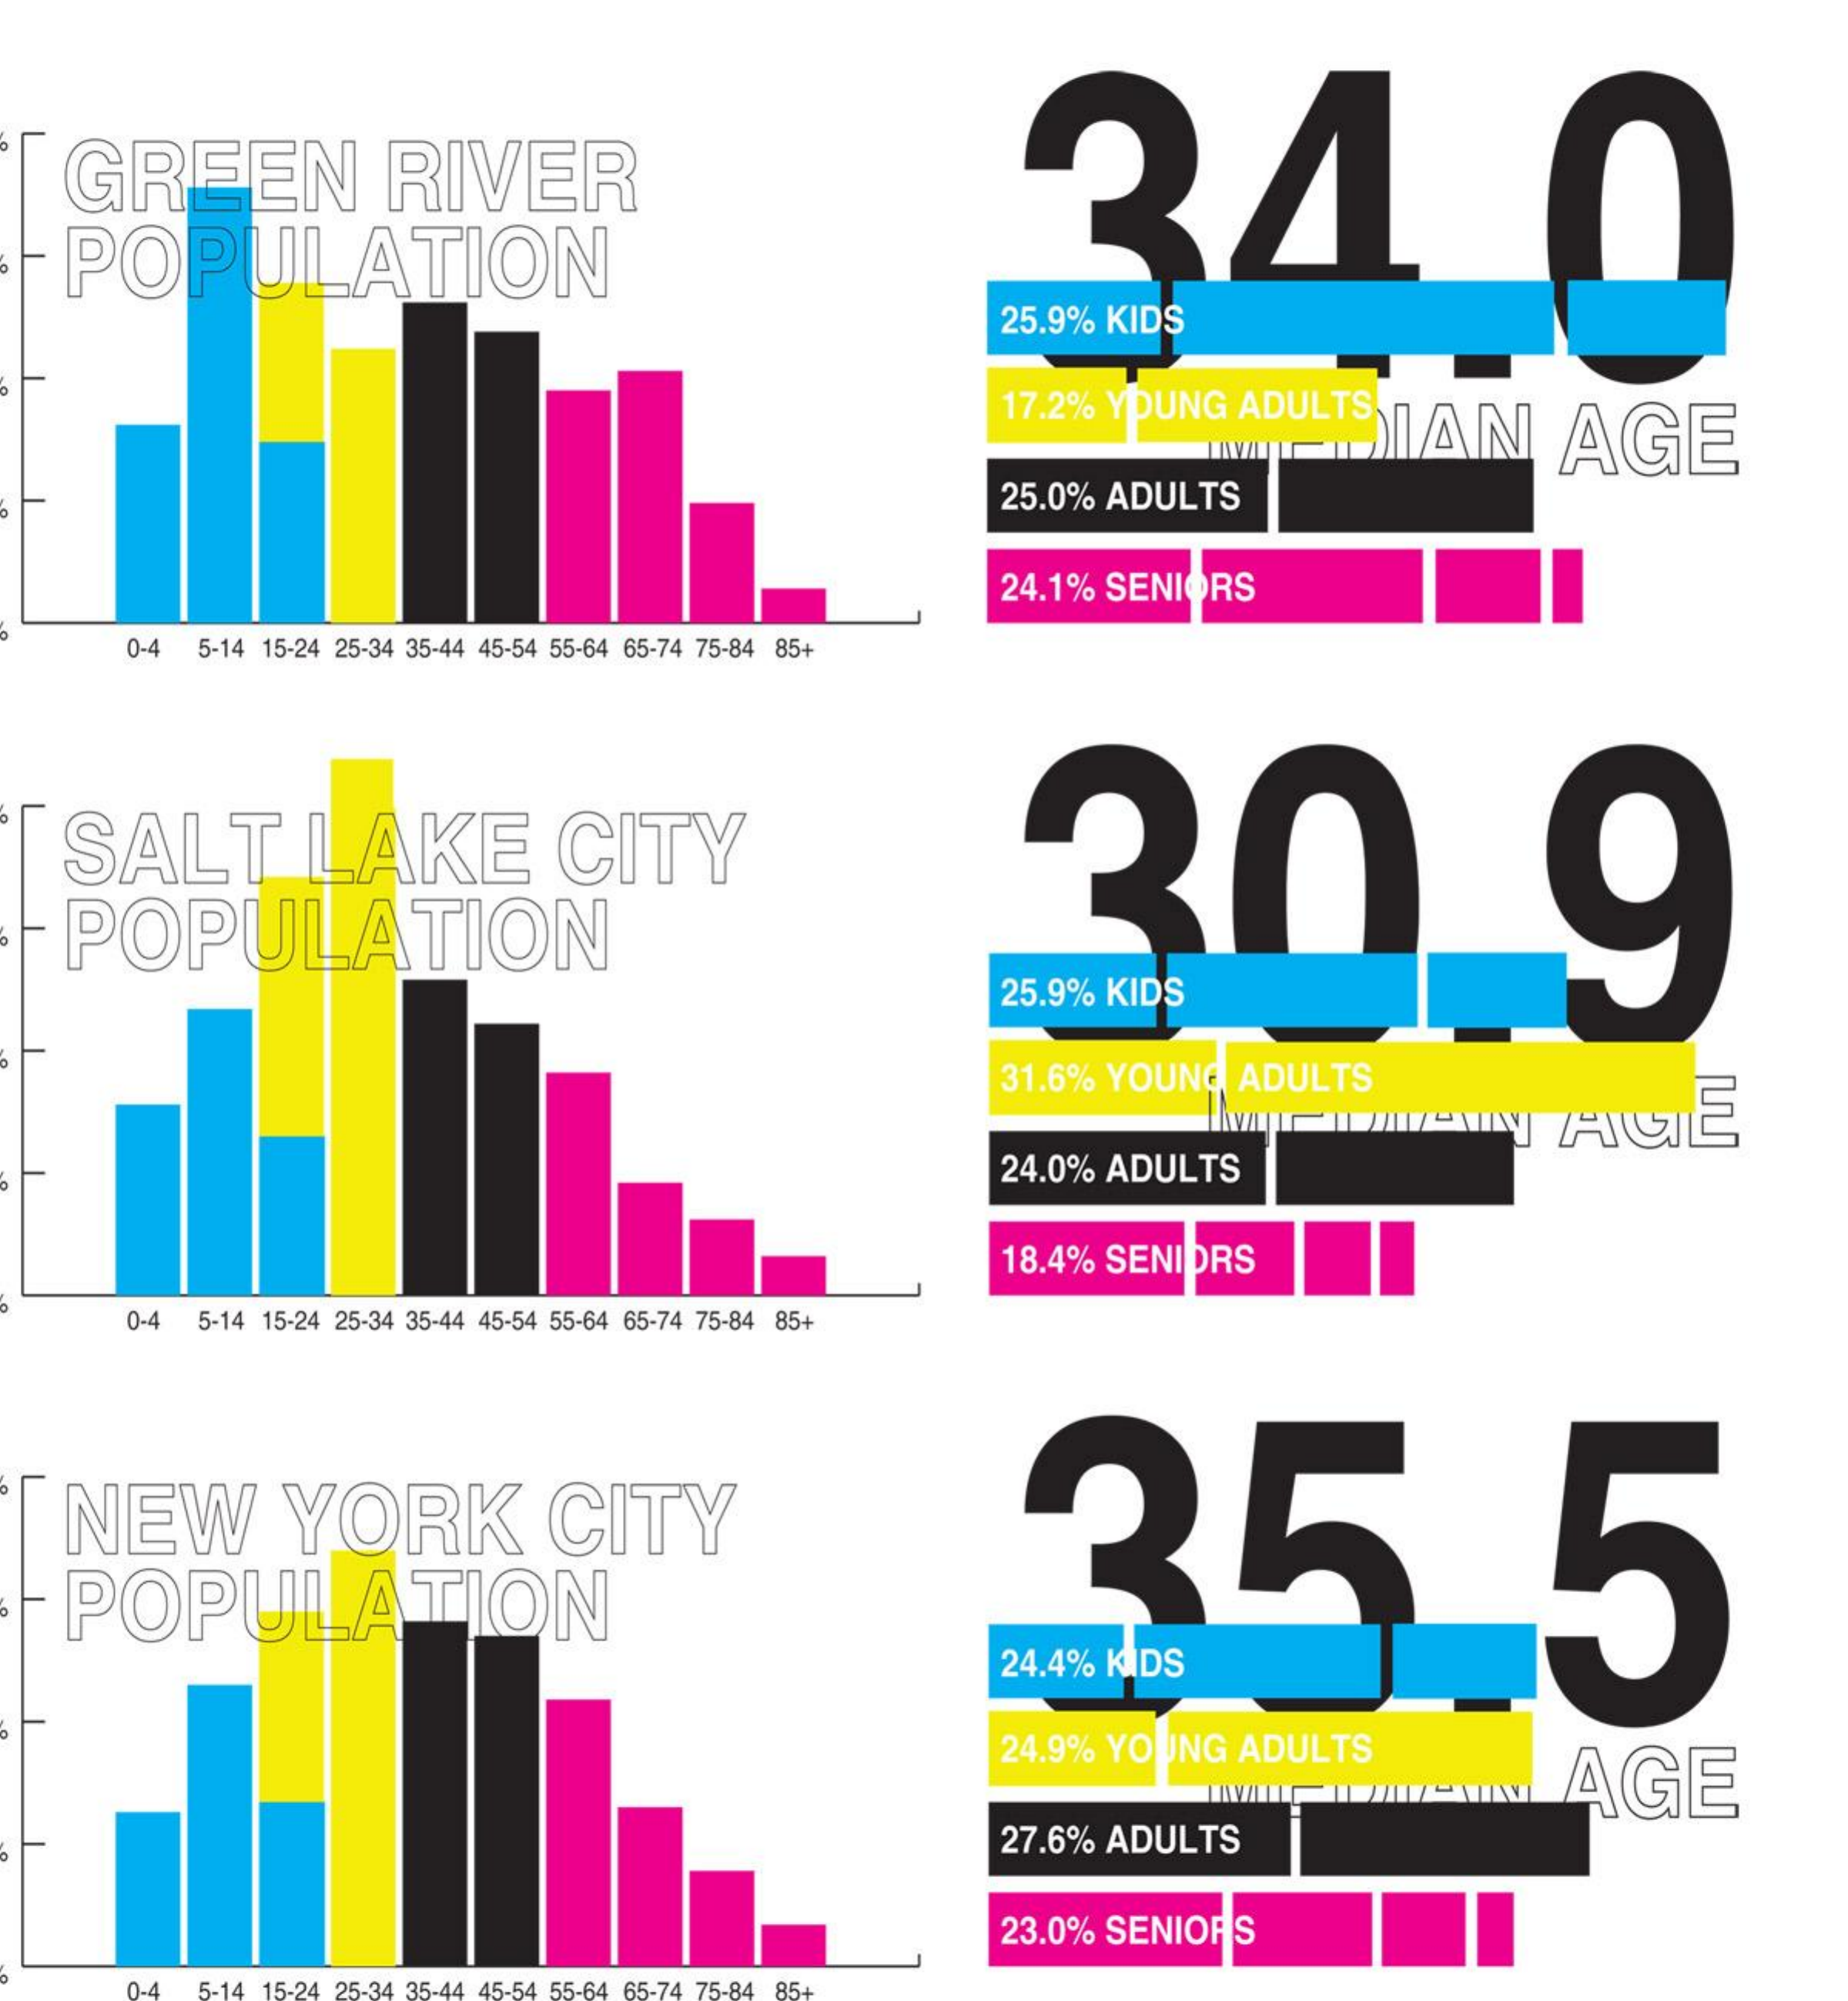
GREEN    RIVER    24    0
     POPULATION
     25.9% KIDS
     17.2% YOUNG    ADULTS
     IAN    AGE
     25.0% ADULTS
     24.1%  SENIORS
     0-4  5-14 15-24 25-34 35-44 45-54 55-64 65-74 75-84 85+
    SALT    LAKE    CITY    20    9
    POPULATION
     25.9% KIDS
     31.6% YOUNG    ADULTS
     24.0%  ADULTS
     18.4% SENIORS
     0-4  5-14 15-24 25-34 35-44 45-54 55-64 65-74 75-84 85+
    NEW    YORK    CITY    35    5
    POPULATION
     24.4% KIDS
     24.9%  YOUNG    ADULTS
     AGE
     27.6% ADULTS
     23.0% SENIORS
     0-4 5-14 15-24 25-34 35-44 45-54 55-64 6 -74 75-84